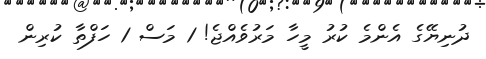
ދުނިޔޭގެ އެންމެ ކުރު މީހާ މަރުވެއްޖެ! 1 މަސް 1 ހަފްތާ ކުރިން